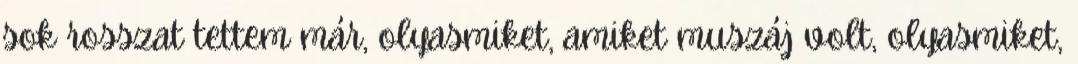
sok rosszat tettem már, olyasmiket, amiket muszáj volt, olyasmiket,